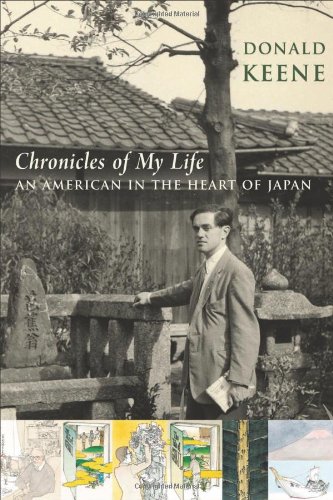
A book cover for Chronicles Chronicles of My Life: An American in the Heart of Japan; Donald Keene; Biographies & Memoirs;